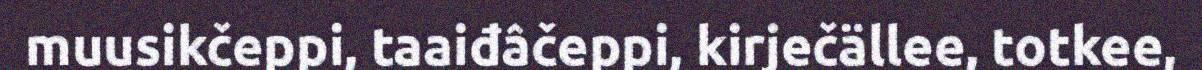
muusikčeppi, taaiđâčeppi, kirječällee, totkee,